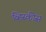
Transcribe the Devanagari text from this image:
व्हिस्कीस